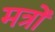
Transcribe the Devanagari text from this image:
मत्रों